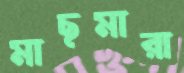
মাছমারা